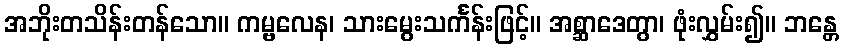
အဘိုးတသိန်းတန်သော။ ကမ္ဗလေန၊ သားမွေးသင်္ကန်းဖြင့်။ အစ္ဆာဒေတွာ၊ ဖုံးလွှမ်း၍။ ဘန္တေ